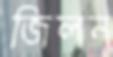
জিলন